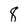
Character: 8